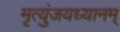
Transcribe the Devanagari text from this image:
मृत्युंजयध्यानम्‌